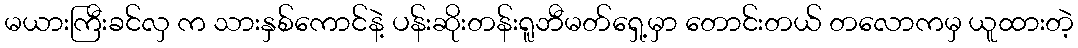
မယားကြီးခင်လှ က သားနှစ်ကောင်နဲ့ ပန်းဆိုးတန်းရူဘီမတ်ရှေ့မှာ တောင်းတယ် တလောကမှ ယူထားတဲ့